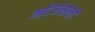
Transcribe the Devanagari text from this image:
मोंटेजेमोलो